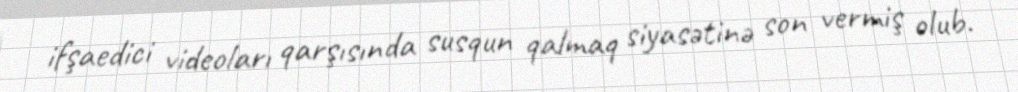
ifşaedici videoları qarşısında susqun qalmaq siyasətinə son vermiş olub.